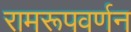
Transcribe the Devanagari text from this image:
रामरूपवर्णन